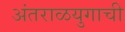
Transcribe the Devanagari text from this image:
अंतराळयुगाची